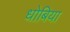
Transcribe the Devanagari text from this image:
धोबिया